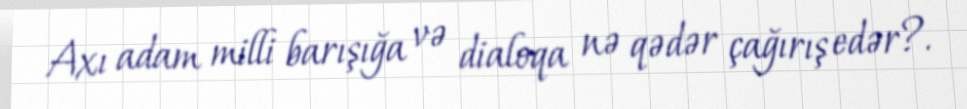
Axı adam milli barışığa və dialoqa nə qədər çağırış edər?.